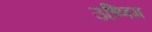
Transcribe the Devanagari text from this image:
उष्णिग